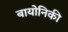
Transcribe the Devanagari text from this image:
बायोनिकी